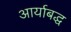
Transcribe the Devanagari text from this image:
आर्याबद्ध